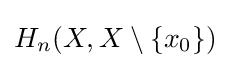
H_{n}(X,X\setminus \{x_{0}\})